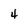
Character: 4